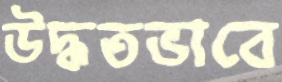
উদ্ধতভাবে